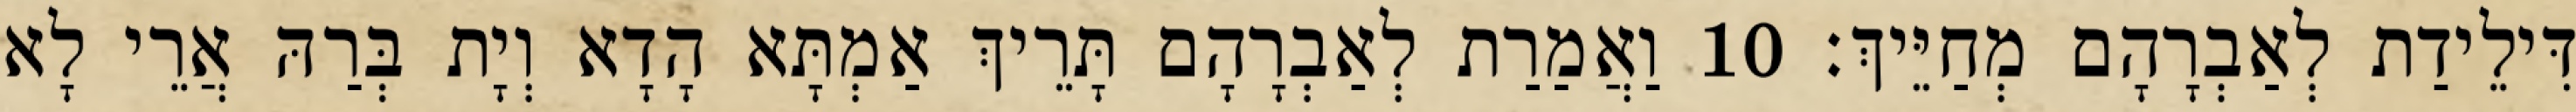
דִּילֵידַת לְאַבְרָהָם מְחַיֵּיךְ׃ 10 וַאֲמַרַת לְאַבְרָהָם תָּרֵיךְ אַמְתָּא הָדָא וְיָת בְּרַהּ אֲרֵי לָא